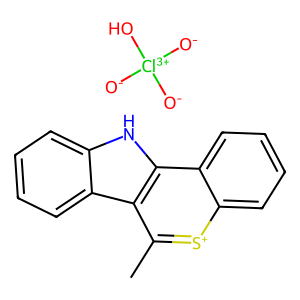
SMILES: Cc1[s+]c2ccccc2c2[nH]c3ccccc3c12.[O-][Cl+3]([O-])([O-])O
Inhibits HIV replication: No